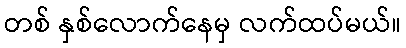
တစ် နှစ်လောက်နေမှ လက်ထပ်မယ်။